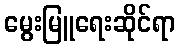
မွေးမြူရေးဆိုင်ရာ